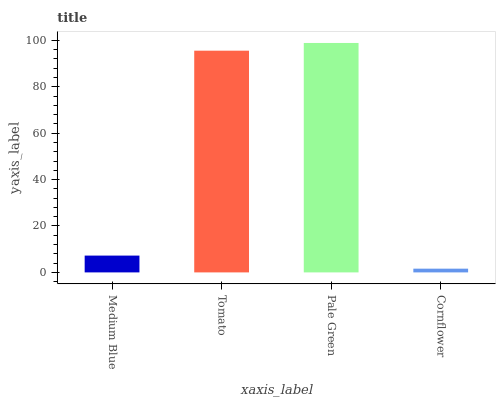
| xaxis_label | bars |
 | --- | --- |
 | Medium Blue | 7.25 |
 | Tomato | 95.6 |
 | Pale Green | 98.9 |
 | Cornflower | 1.61 |